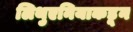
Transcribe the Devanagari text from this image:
लिथुएनियाकडून